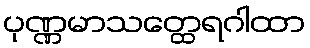
ပုဏ္ဏမာသတ္ထေရဂါထာ